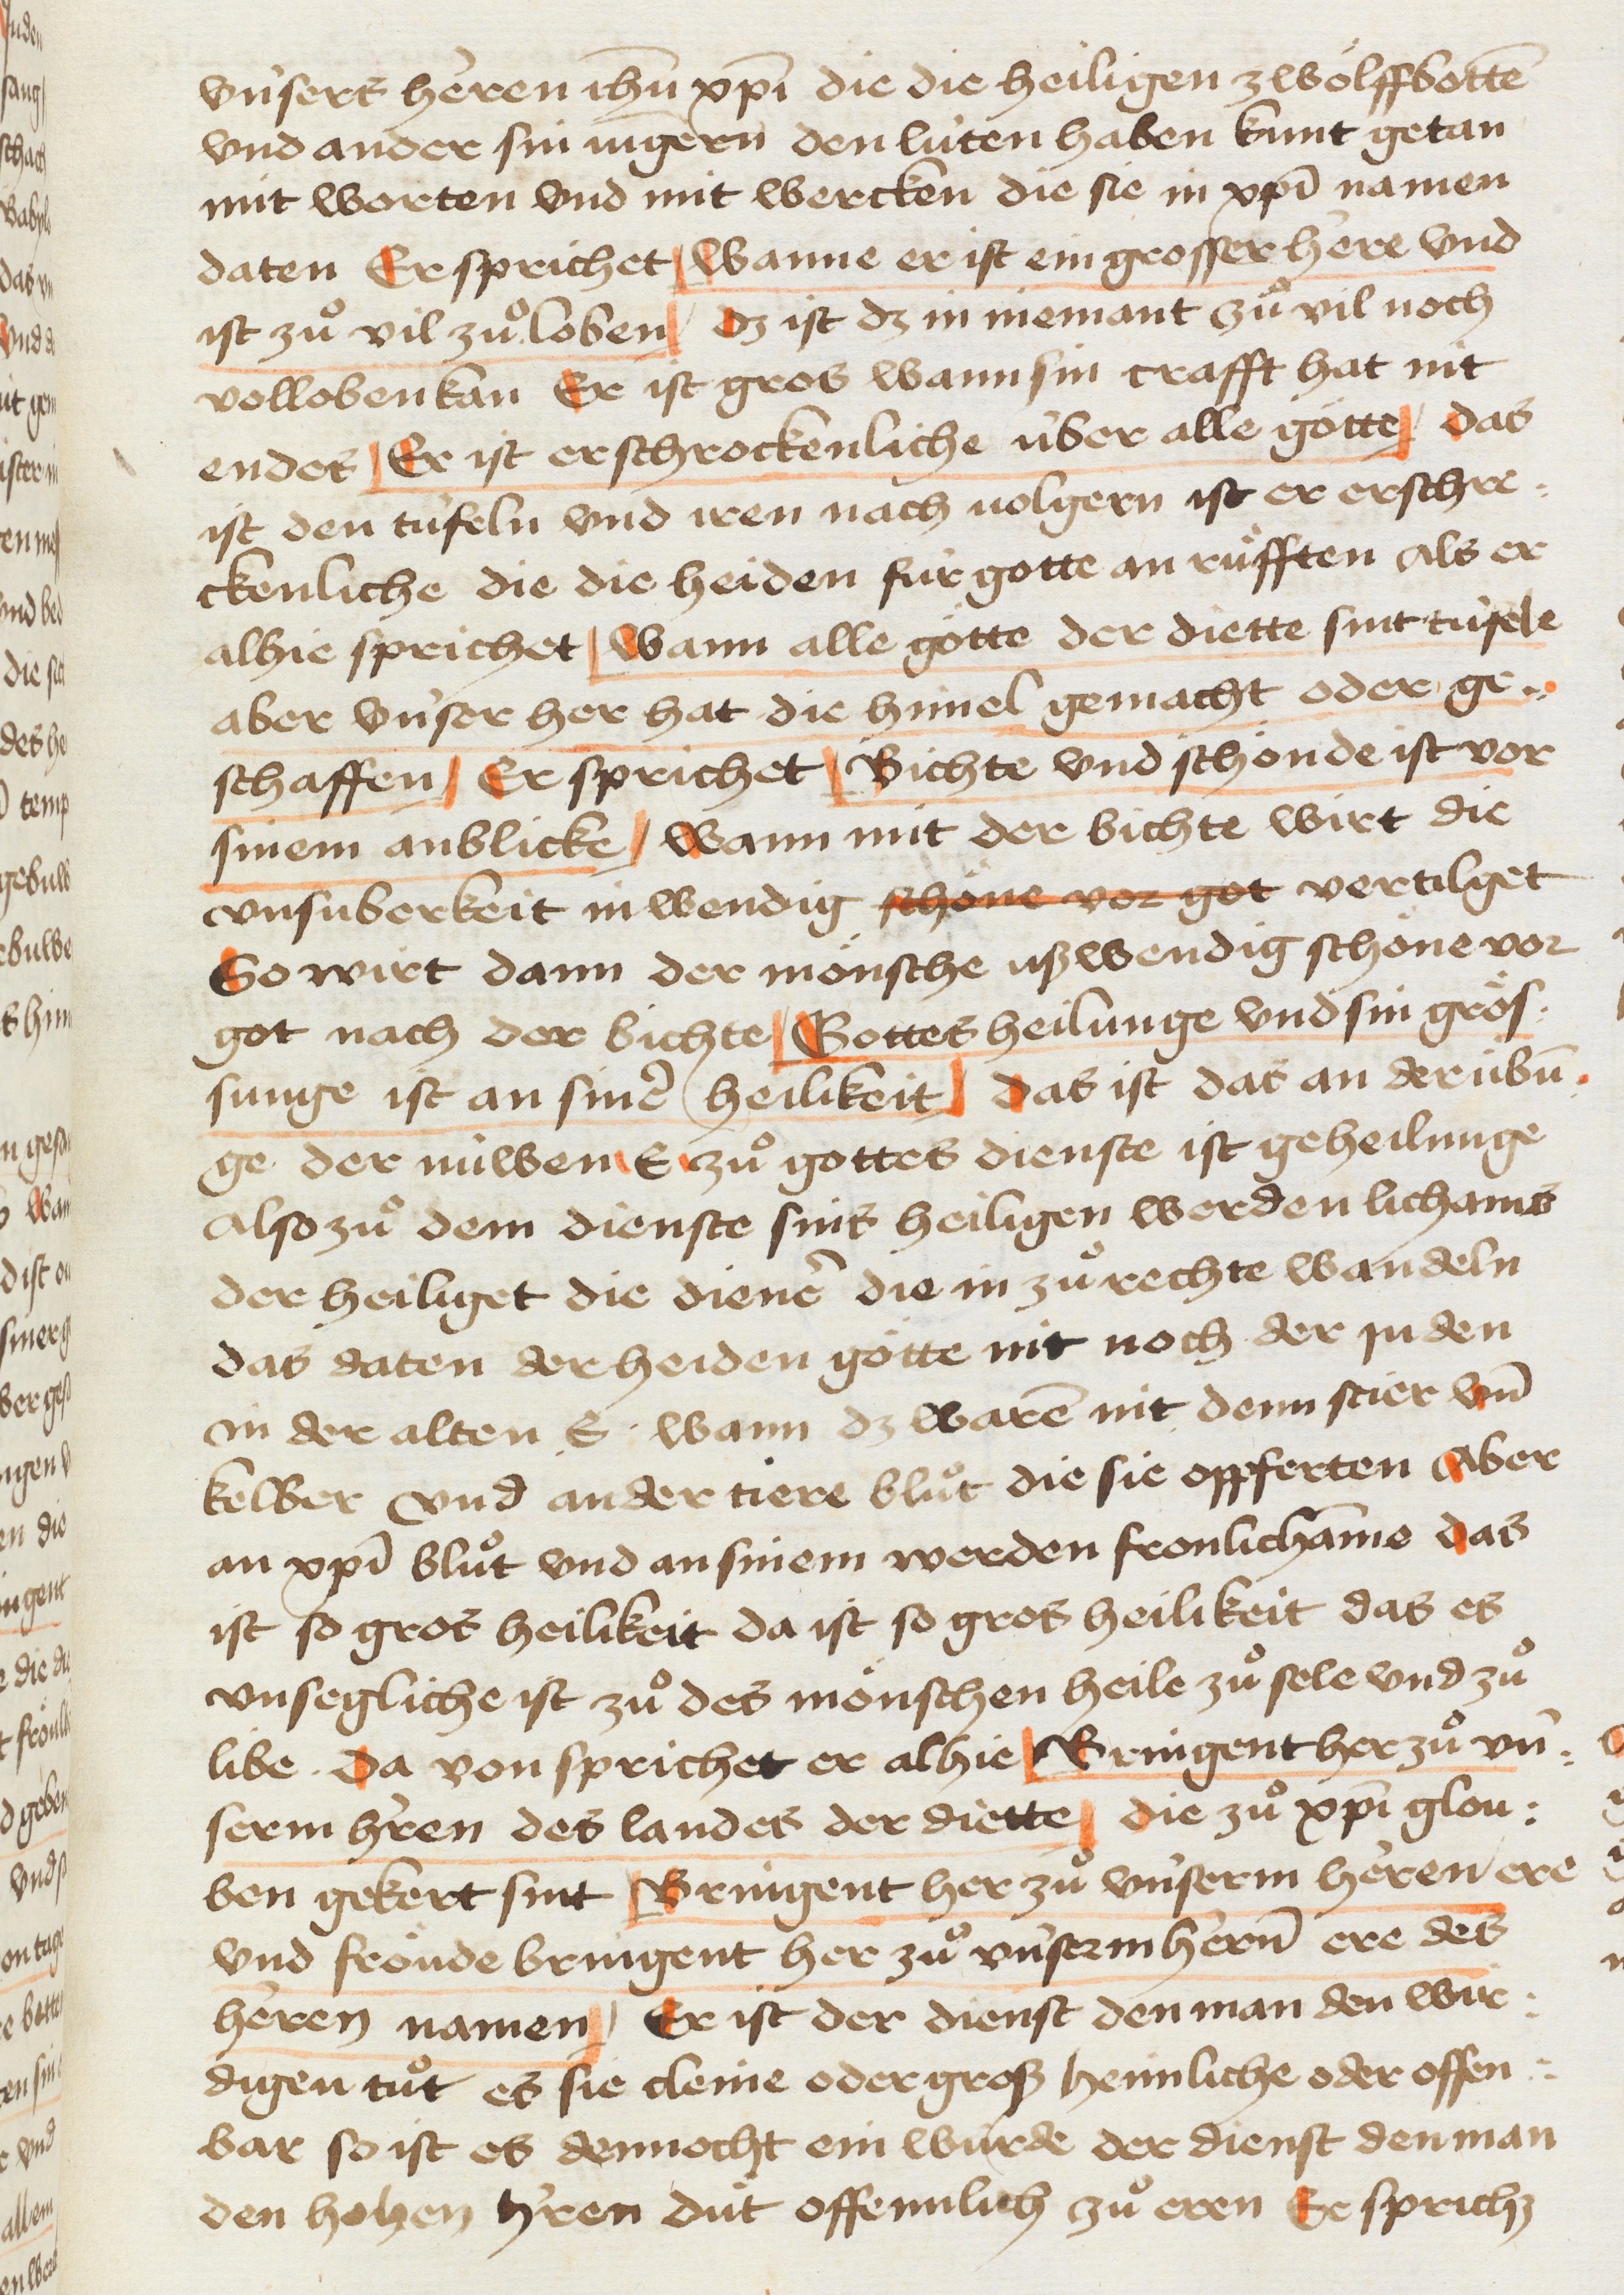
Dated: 1445–1475